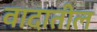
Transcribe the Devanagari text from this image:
वादातील